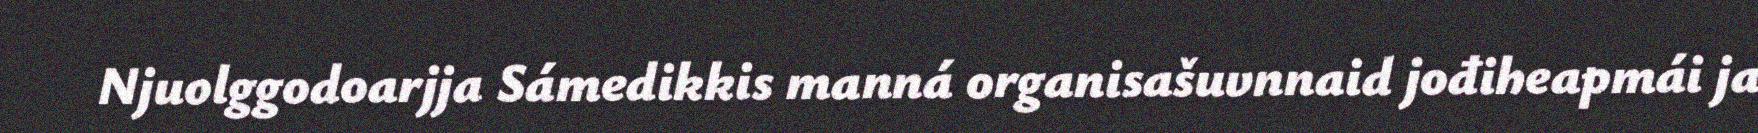
Njuolggodoarjja Sámedikkis manná organisašuvnnaid jođiheapmái ja